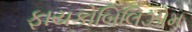
ફાયકોબિલિઝોમ